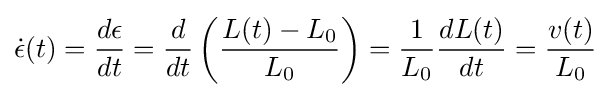
{\dot {\epsilon }}(t)={\frac {d\epsilon }{dt}}={\frac {d}{dt}}\left({\frac {L(t)-L_{0}}{L_{0}}}\right)={\frac {1}{L_{0}}}{\frac {dL(t)}{dt}}={\frac {v(t)}{L_{0}}}